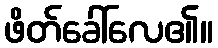
ဖိတ်ခေါ်လေ၏။